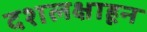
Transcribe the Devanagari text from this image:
दशलक्षाहून